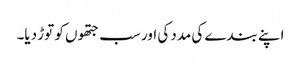
اپنے بندے کی مدد کی اور سب جتھوں کو توڑ دیا۔